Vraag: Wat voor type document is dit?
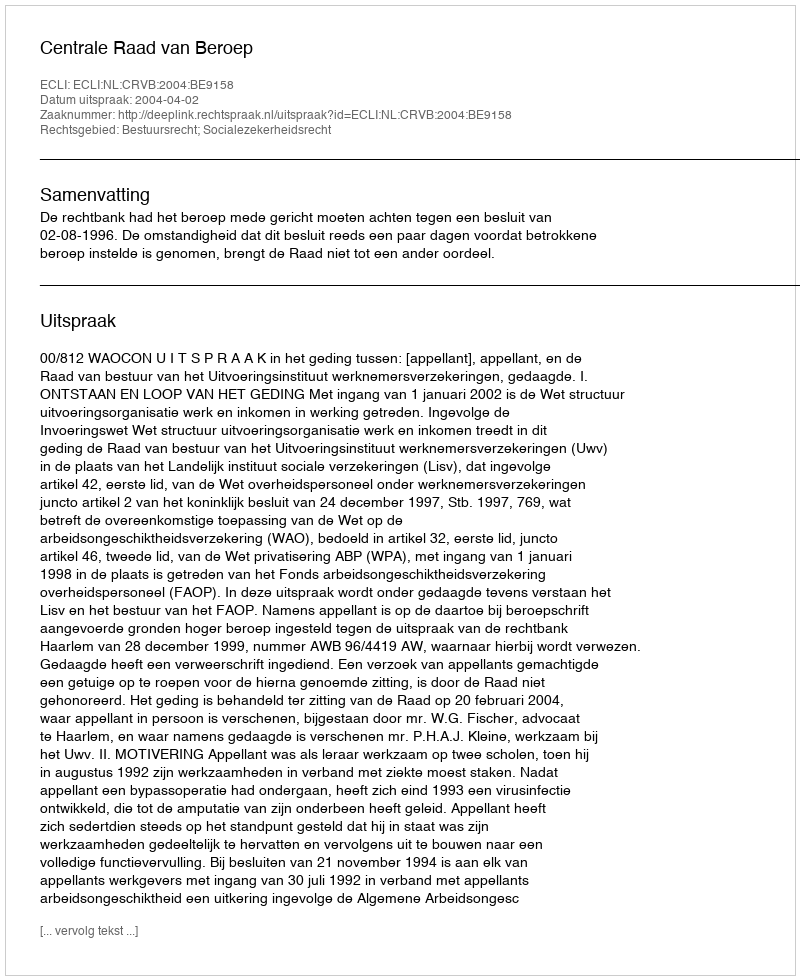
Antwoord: Uitspraak